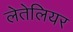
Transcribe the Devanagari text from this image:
लेतेलियर